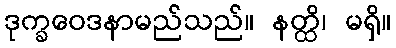
ဒုက္ခဝေဒနာမည်သည်။ နတ္ထိ၊ မရှိ။